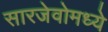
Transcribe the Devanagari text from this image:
सारजेवोमध्ये